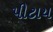
પીટાય